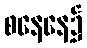
စနေနေ့၌